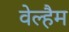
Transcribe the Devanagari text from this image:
वेल्हैम